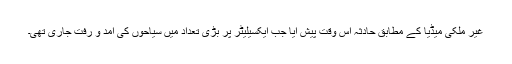
غیر ملکی میڈیا کے مطابق حادثہ اس وقت پیش آیا جب ایکسیلیٹر پر بڑی تعداد میں سیاحوں کی آمد و رفت جاری تھی۔